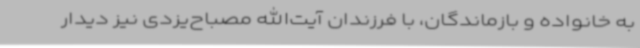
به خانواده و بازماندگان، با فرزندان آیت‌الله مصباح‌یزدی نیز دیدار